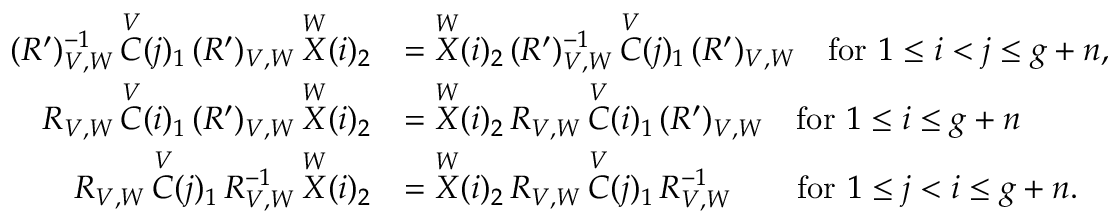
\begin{array} { r l } { ( R ^ { \prime } ) { _ { V , W } ^ { - 1 } } \, \overset { V } { C } ( j ) _ { 1 } \, ( R ^ { \prime } ) _ { V , W } \, \overset { W } { X } ( i ) _ { 2 } } & { = \overset { W } { X } ( i ) _ { 2 } \, ( R ^ { \prime } ) { _ { V , W } ^ { - 1 } } \, \overset { V } { C } ( j ) _ { 1 } \, ( R ^ { \prime } ) _ { V , W } \quad \mathrm { f o r ~ } 1 \leq i < j \leq g + n , } \\ { R _ { V , W } \, \overset { V } { C } ( i ) _ { 1 } \, ( R ^ { \prime } ) _ { V , W } \, \overset { W } { X } ( i ) _ { 2 } } & { = \overset { W } { X } ( i ) _ { 2 } \, R _ { V , W } \, \overset { V } { C } ( i ) _ { 1 } \, ( R ^ { \prime } ) _ { V , W } \quad \mathrm { f o r ~ } 1 \leq i \leq g + n } \\ { R _ { V , W } \, \overset { V } { C } ( j ) _ { 1 } \, R { _ { V , W } ^ { - 1 } } \, \overset { W } { X } ( i ) _ { 2 } } & { = \overset { W } { X } ( i ) _ { 2 } \, R _ { V , W } \, \overset { V } { C } ( j ) _ { 1 } \, R { _ { V , W } ^ { - 1 } } \quad \quad \mathrm { f o r ~ } 1 \leq j < i \leq g + n . } \end{array}